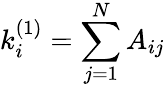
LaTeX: k_{i}^{(1)}=\sum_{j=1}^{N}A_{ij}